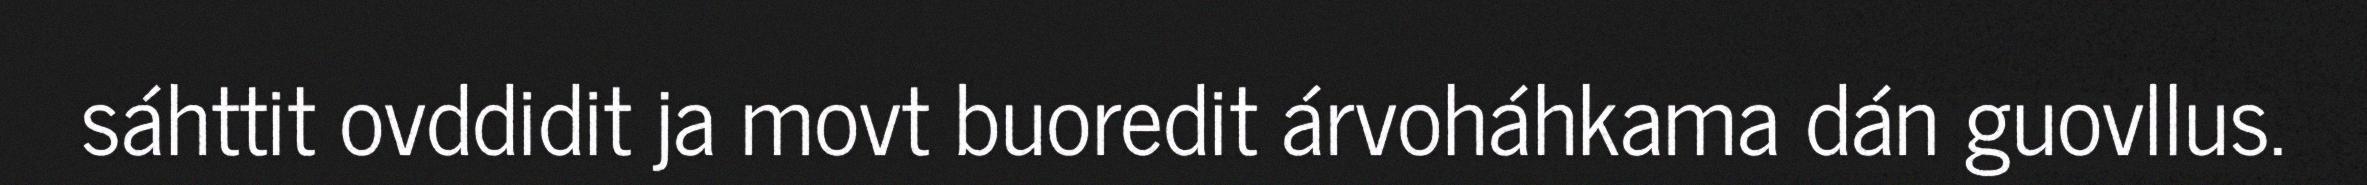
sáhttit ovddidit ja movt buoredit árvoháhkama dán guovllus.